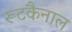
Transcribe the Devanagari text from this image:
रूटकैनाल